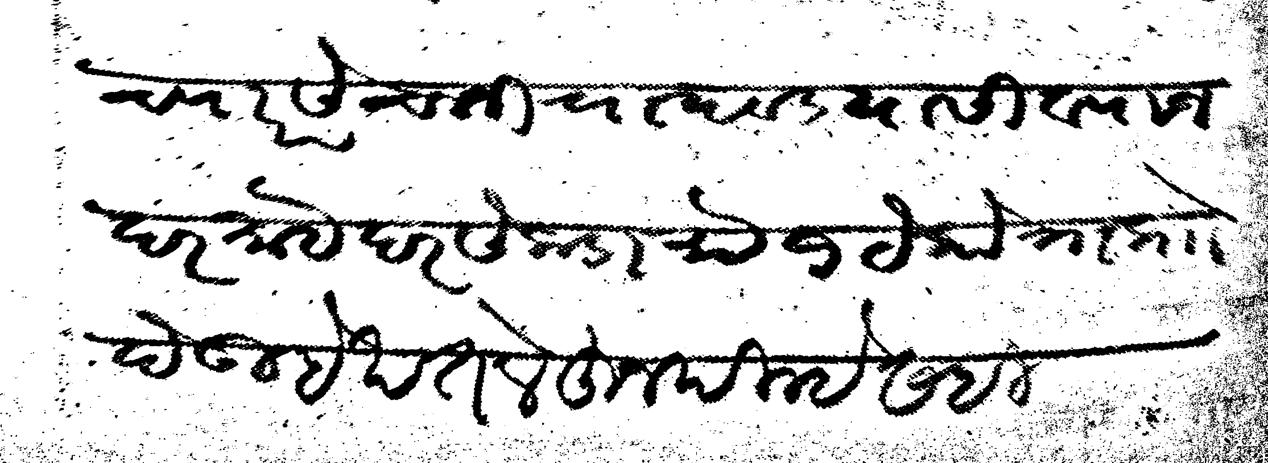
Transliteration (Devanagari): च्यारसे चलनी चा दवड यासी व्याज दर माहे दर सेकडा रूये १ येकोत्रा प्राो देऊ हे खत लेहून दिल्हे सही